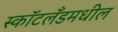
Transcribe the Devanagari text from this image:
स्कॉटलँडमधील